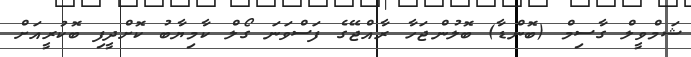
ޝަމްވީލް ގާސިމް (ބޮންޑާ) ބޮލުންޖަހާ ރާއްޖޭގެ ފަސްވަނަ ގޯލް ކާމިޔާބު ކޮށްދީފި ބޮކުރީއަށް